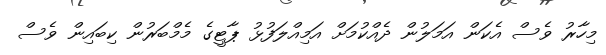
މިހާރު ވެސް އެކަން އަމަލުން ދެއްކުމަށް އަމިއްލަފުޅު ޕާޓީގެ މެމްބަރުން ކިބައިން ވެސް